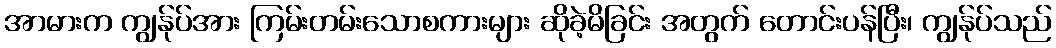
အာမားက ကျွန်ုပ်အား ကြမ်းတမ်းသောစကားများ ဆိုခဲ့မိခြင်း အတွက် တောင်းပန်ပြီး၊ ကျွန်ုပ်သည်